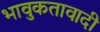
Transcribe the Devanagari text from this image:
भावुकतावादी